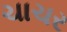
ચાચર